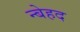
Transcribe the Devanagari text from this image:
न्बेहद